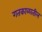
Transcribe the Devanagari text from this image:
गतकाळातील